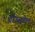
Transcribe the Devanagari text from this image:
ट्रोउसडेल